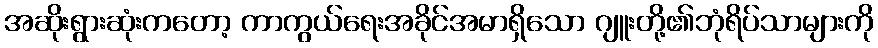
အဆိုးရွားဆုံးကတော့ ကာကွယ်ရေးအခိုင်အမာရှိသော ဂျူးတို့၏ဘုံရိပ်သာများကို